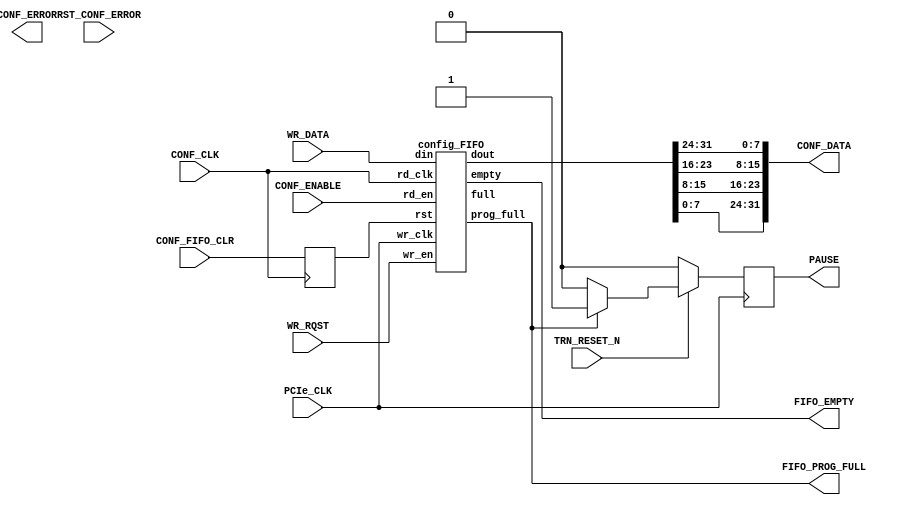
///////////////////////////////////////////////////////////////////////////////
//  Copyright 2011 Xilinx, Inc. All rights reserved.
// This file contains confidential and proprietary information
// of Xilinx, Inc. and is protected under U.S. and
// international copyright and other intellectual property
// laws.
///////////////////////////////////////////////////////////////////////////////
//   ____  ____ 
//  /   /\/   / 
// /___/  \  /   Vendor: Xilinx 
// \   \   \/    
//  \   \        BPI PROM Programming over PCIe  Version: 1.0  
//  /   /        Date Last Modified: 8/12/11 
// /___/   /\    Date Created: 5/13/10
// \   \  /  \   Associated Filename: data_transfer.v
//  \___\/\___\ 
// 
//  Device: Virtex-6
//  Purpose: Virtex-6 PCIe In-system Programming for BPI PROM
//  Reference: <XAPP518.pdf>
//  Revision History: Initial release
//   
///////////////////////////////////////////////////////////////////////////////
//
//
// DISCLAIMER
// This disclaimer is not a license and does not grant any
// rights to the materials distributed herewith. Except as
// otherwise provided in a valid license issued to you by
// Xilinx, and to the maximum extent permitted by applicable
// law: (1) THESE MATERIALS ARE MADE AVAILABLE "AS IS" AND
// WITH ALL FAULTS, AND XILINX HEREBY DISCLAIMS ALL WARRANTIES
// AND CONDITIONS, EXPRESS, IMPLIED, OR STATUTORY, INCLUDING
// BUT NOT LIMITED TO WARRANTIES OF MERCHANTABILITY, NON-
// INFRINGEMENT, OR FITNESS FOR ANY PARTICULAR PURPOSE; and
// (2) Xilinx shall not be liable (whether in contract or tort,
// including negligence, or under any other theory of
// liability) for any loss or damage of any kind or nature
// related to, arising under or in connection with these
// materials, including for any direct, or any indirect,
// special, incidental, or consequential loss or damage
// (including loss of data, profits, goodwill, or any type of
// loss or damage suffered as a result of any action brought
// by a third party) even if such damage or loss was
// reasonably foreseeable or Xilinx had been advised of the
// possibility of the same.
//
// CRITICAL APPLICATIONS
// Xilinx products are not designed or intended to be fail-
// safe, or for use in any application requiring fail-safe
// performance, such as life-support or safety devices or
// systems, Class III medical devices, nuclear facilities,
// applications related to the deployment of airbags, or any
// other applications that could lead to death, personal
// injury, or severe property or environmental damage
// (individually and collectively, "Critical
// Applications"). Customer assumes the sole risk and
// liability of any use of Xilinx products in Critical
// Applications, subject only to applicable laws and
// regulations governing limitations on product liability.
//
// THIS COPYRIGHT NOTICE AND DISCLAIMER MUST BE RETAINED AS
// PART OF THIS FILE AT ALL TIMES.
///////////////////////////////////////////////////////////////////////////////
// 
// Module Name:    data_transfer 
// Description: Buffer data transfer control
//
// Additional Comments: Initial Release
//
//////////////////////////////////////////////////////////////////////////////////
`timescale 1 ns / 1 ns

module data_transfer(
   PCIe_CLK,
   CONF_CLK,
   TRN_RESET_N,
   CONF_FIFO_CLR,
   WR_RQST,
   WR_DATA,
   FIFO_EMPTY,
   FIFO_PROG_FULL,
   PAUSE,
   CONF_ERROR,
   RST_CONF_ERROR,

   CONF_DATA,
   CONF_ENABLE,
);
   input            PCIe_CLK;
   input            CONF_CLK;
   input            TRN_RESET_N;
   input            CONF_FIFO_CLR;
   input            WR_RQST;
   input [31:0]     WR_DATA;
   output           FIFO_EMPTY;
   output           FIFO_PROG_FULL;
   output reg       PAUSE;
   output reg       CONF_ERROR;
   input            RST_CONF_ERROR;


   output [31:0]    CONF_DATA;
   input        CONF_ENABLE;      
   
   reg              FIFO_rd_en;
   reg              FIFO_rd_en_prev;
   reg              CONF_FIFO_CLR_sync, CONF_FIFO_CLR_sync1;
   wire             FIFO_prog_full;
   wire             FIFO_empty;   
   wire [31:0]      conf_data_fifo;
   
   always @(posedge CONF_CLK)
   begin
   	CONF_FIFO_CLR_sync = CONF_FIFO_CLR;
   	CONF_FIFO_CLR_sync1 = CONF_FIFO_CLR_sync;
   end   

   
   config_FIFO config_FIFO_i(
   .din(WR_DATA), 
   .wr_clk(PCIe_CLK), 
   .wr_en(WR_RQST), 
   .full(), 
   .prog_full(FIFO_PROG_FULL), 
   .dout(conf_data_fifo), 
   .rd_clk(CONF_CLK), 
   .rd_en(CONF_ENABLE), 
   .empty(FIFO_EMPTY), 
   .rst(CONF_FIFO_CLR_sync1)
   );
   
//byte swap
   assign CONF_DATA = {conf_data_fifo[7:0], conf_data_fifo[15:8],conf_data_fifo[23:16],conf_data_fifo[31:24]} ;


   //XXXXXXXXXXXXXXXXXXXXXXXXXXXXXXXXXXXXXXXXXXXXXXXXXXXXXXXXXXXXXXXXXXXXXXXXX
   //XX
   //XX  Back-pressure of the FIFO, request to stop FIFO-writing
   //XX
   //XXXXXXXXXXXXXXXXXXXXXXXXXXXXXXXXXXXXXXXXXXXXXXXXXXXXXXXXXXXXXXXXXXXXXXXXX
   
   always @(posedge PCIe_CLK)
      begin
      if (!TRN_RESET_N)
         PAUSE <= 1'b0;
      else
         if (FIFO_PROG_FULL == 1'b1)
            PAUSE <= 1'b1;
         else
            PAUSE <= 1'b0;
      end 

   always @(FIFO_empty)   

      if ( FIFO_empty == 1'b0)      
         FIFO_rd_en <=  1'b1;
      else
         FIFO_rd_en <=  1'b0;
   
endmodule

module config_FIFO (
  rd_en, overflow, prog_full, wr_en, full, empty, wr_clk, rst, rd_clk, underflow, dout, din
)/* synthesis syn_black_box syn_noprune=1 */;
  input rd_en;
  output overflow;
  output prog_full;
  input wr_en;
  output full;
  output empty;
  input wr_clk;
  input rst;
  input rd_clk;
  output underflow;
  output [31 : 0] dout;
  input [31 : 0] din;
endmodule